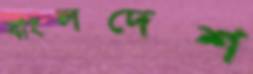
বাংলদেশ